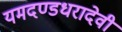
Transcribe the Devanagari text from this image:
यमदण्डधरादेवी